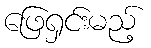
ဖြေရှင်းမည့်